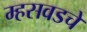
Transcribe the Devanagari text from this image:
म्हसवडचे